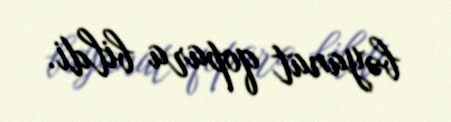
bəyanat qopara bildi.